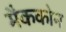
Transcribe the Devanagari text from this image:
मैककोन